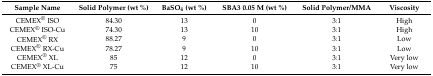
| Sample Name | Solid Polymer (wt %) | BaSO4 (wt %) | SBA3 0.05 M (wt %) | Solid Polymer/MMA | Viscosity |
 | --- | --- | --- | --- | --- | --- |
 | CEMEX® ISO | 84.30 | 13 | 0 | 3:1 | High |
 | CEMEX® ISO-Cu | 74.30 | 13 | 10 | 3:1 | High |
 | CEMEX® RX | 88.27 | 9 | 0 | 3:1 | Low |
 | CEMEX® RX-Cu | 78.27 | 9 | 10 | 3:1 | Low |
 | CEMEX® XL | 85 | 12 | 0 | 3:1 | Very low |
 | CEMEX® XL-Cu | 75 | 12 | 10 | 3:1 | Very low |